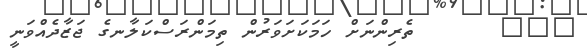
١٢١      ތެރިންނަށް ހަމަކަށަވަރުން ތިމަންރަސްކަލާނގެ ޖަޒާދެއްވަނީ